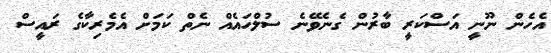
އެހެން ނޫނީ އަސްކަރީ ބާރުން ގެނެވޭނެ ސުލްހައެއް ނެތް ކަމަށް އެމެރިކާގެ ރައީސް